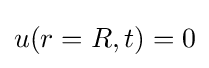
u(r=R,t)=0